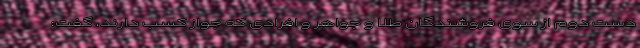
دست دوم از سوی فروشندگان طلا و جواهر و افرادی که جواز کسب دارند، گفت: